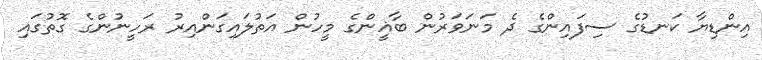
އިންޑިޔާ ކަނޑުގެ ސިފައިންގެ ދެ މަނަވަރުން ބާޣީންގެ މީހުން އަތުލައިގަންއިރު ރަހީނުންގެ ގޮތުގައި